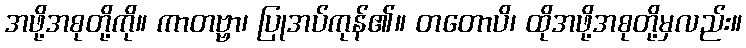
အဖို့အစုတို့ကို။ ကာတဗ္ဗာ၊ ပြုအပ်ကုန်၏။ တတောပိ၊ ထိုအဖို့အစုတို့မှလည်း။